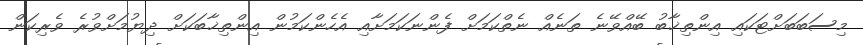
މިސަބަބަށްޓަކައި އިންތިޚާބު ބޭއްވޭނެ ތަނެއް ނެތްކަމަށް ފެންނަކަމަށާއި އެހެންކަމުން އިންތިޚާބަކަށް ދިޔުމަށްވުރެ ވެރިކަން